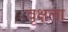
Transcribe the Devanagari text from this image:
वृक्षला